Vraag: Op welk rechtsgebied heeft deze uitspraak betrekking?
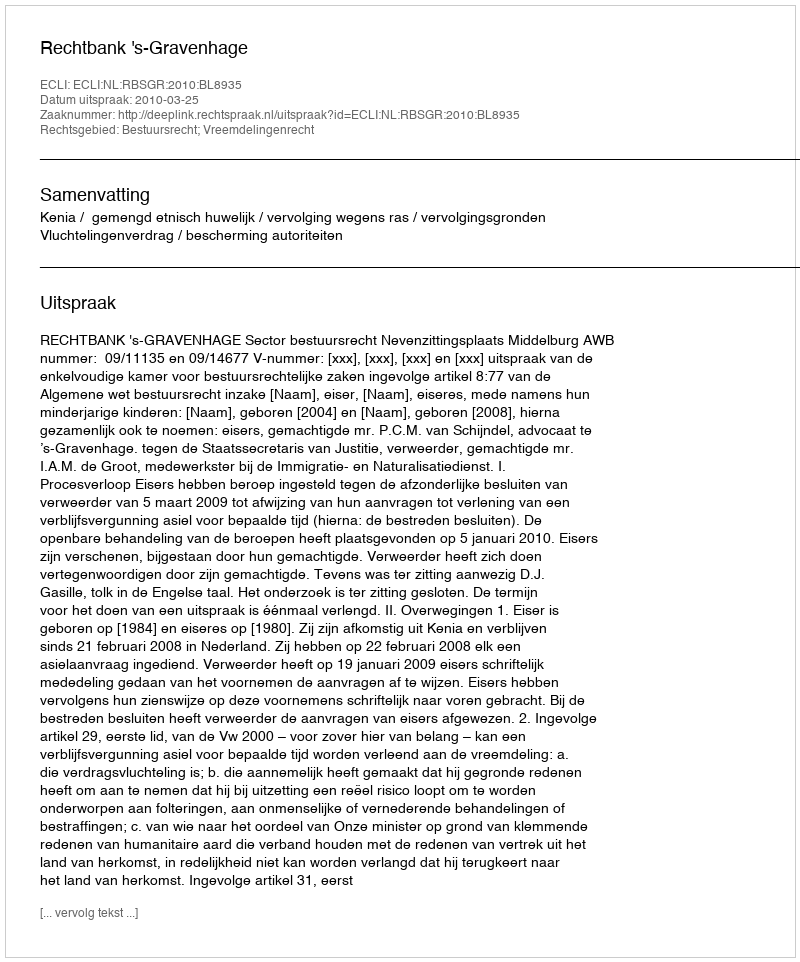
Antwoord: Bestuursrecht; Vreemdelingenrecht